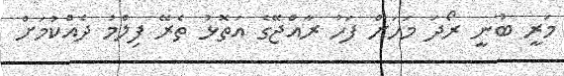
މަރީ ބުނީ ރޯދަ މަހަށް ފަހު ރާއްޖޭގެ އަތޮޅު ތެރޭ ފިލްމު ދެއްކުމަށް